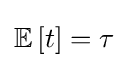
\mathbb {E} \left[t\right]=\tau